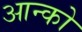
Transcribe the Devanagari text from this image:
आन्को